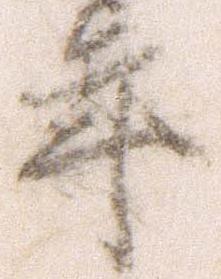
年